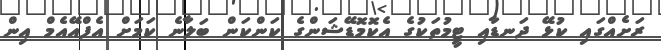
ރަށެއްގައި ކުޅޭ ދަނޑާއި ޓީމުތަކުގެ އެކޮމޮޑޭޝަންގެ ކަންކަން ބަލާނެ ކަމަށް އެފްއޭއެމް އިން